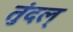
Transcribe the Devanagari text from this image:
तुंदल्